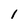
Character: l